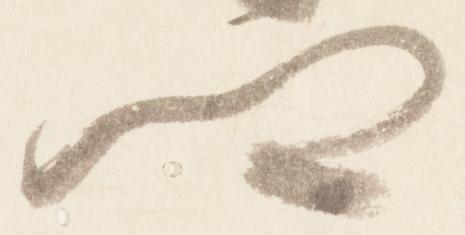
卿